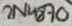
Text: 2N4870